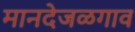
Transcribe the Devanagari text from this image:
मानदेजळगाव